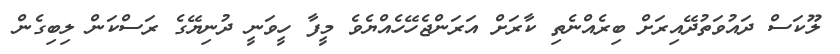
ލޫކަސް ދައުވަތުދޭއިރަށް ބިރެއްނެތި ކާރަށް އަރަންޖެހޭހެއްޔެވެ މީފާ ހީވަނީ ދުނިޔޭގެ ރަސްކަން ލިބިގެން